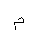
Letter: _mim